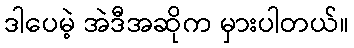
ဒါပေမဲ့ အဲဒီအဆိုက မှားပါတယ်။